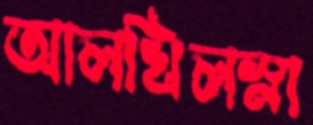
আলখিলস্না